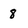
Character: 8